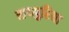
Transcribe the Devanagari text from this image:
रायपुरिया